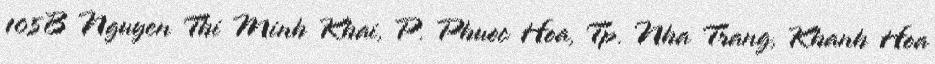
105B Nguyen Thi Minh Khai, P. Phuoc Hoa, Tp. Nha Trang, Khanh Hoa